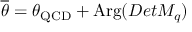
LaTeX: \overline { { { \theta } } } = \theta _ { \mathrm { Q C D } } + \mathrm { A r g } ( D e t M _ { q } )